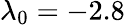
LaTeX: \lambda_{0}=-2.8